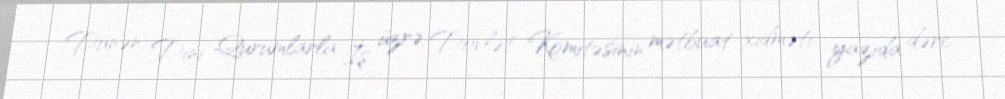
Dünən Dini Qurumlarla İş üzrə Dövlət Komitəsinin mətbuat xidməti yazıda dərc